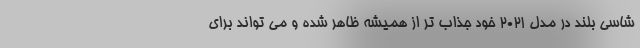
شاسی بلند در مدل 2021 خود جذاب تر از همیشه ظاهر شده و می تواند برای